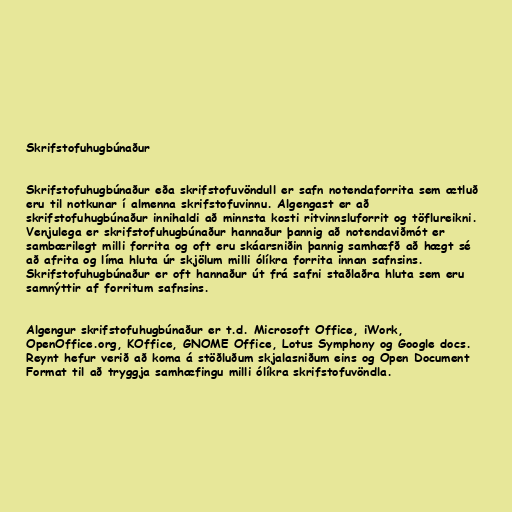
Skrifstofuhugbúnaður

Skrifstofuhugbúnaður eða skrifstofuvöndull er safn notendaforrita sem ætluð
eru til notkunar í almenna skrifstofuvinnu. Algengast er að
skrifstofuhugbúnaður innihaldi að minnsta kosti ritvinnsluforrit og töflureikni.
Venjulega er skrifstofuhugbúnaður hannaður þannig að notendaviðmót er
sambærilegt milli forrita og oft eru skáarsniðin þannig samhæfð að hægt sé
að afrita og líma hluta úr skjölum milli ólíkra forrita innan safnsins.
Skrifstofuhugbúnaður er oft hannaður út frá safni staðlaðra hluta sem eru
samnýttir af forritum safnsins.

Algengur skrifstofuhugbúnaður er t.d. Microsoft Office, iWork,
OpenOffice.org, KOffice, GNOME Office, Lotus Symphony og Google docs.
Reynt hefur verið að koma á stöðluðum skjalasniðum eins og Open Document
Format til að tryggja samhæfingu milli ólíkra skrifstofuvöndla.